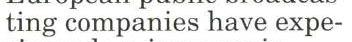
ting companies have expe-